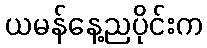
ယမန်နေ့ညပိုင်းက